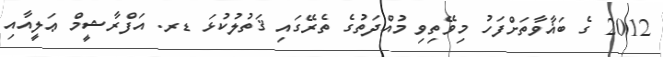
2012 ގެ ބަޣާވާތަށްފަހު މިވޭތިވި މުއްދަތުގެ ތެރޭގައި ޤަތުލުކުޅަ ޑރ. އަފްރާޝީމް ޢަލީއާއި